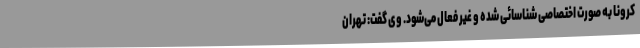
کرونا به صورت اختصاصی شناسائی شده و غیر فعال می‌شود. وی گفت: تهران